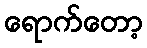
ရောက်တော့